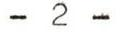
- 2 -